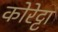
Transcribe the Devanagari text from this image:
कोरेट्टा